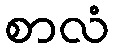
စာလံ